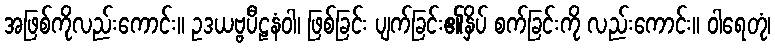
အဖြစ်ကိုလည်းကောင်း။ ဥဒယဗ္ဗပီဠနံဝါ၊ ဖြစ်ခြင်း ပျက်ခြင်း၏နှိပ် စက်ခြင်းကို လည်းကောင်း။ ဝါရေတုံ၊